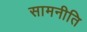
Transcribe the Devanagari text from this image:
सामनीति